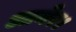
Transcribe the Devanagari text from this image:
आनेर।